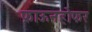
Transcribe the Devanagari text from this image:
फ्राऊनहोफर